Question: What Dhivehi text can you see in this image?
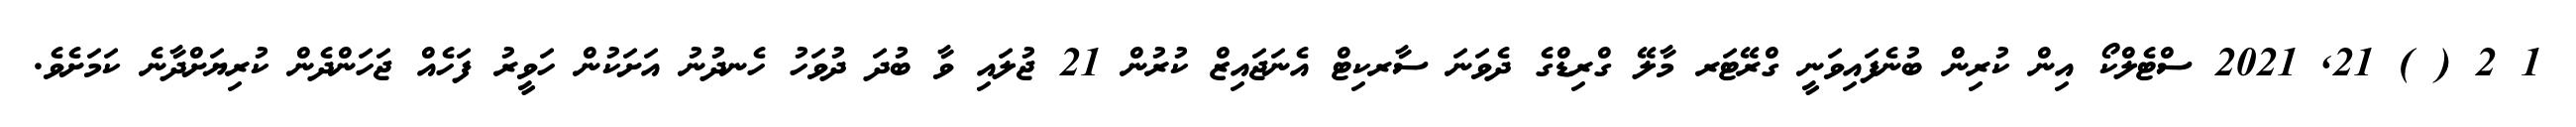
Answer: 1 2 ( ) 21, 2021 ސްޓެލްކޯ އިން ކުރިން ބުނެފައިވަނީ ގްރޭޓަރ މާލޭ ގްރިޑްގެ ދެވަނަ ސާރކިޓް އެނަޖައިޒް ކުރުން 21 ޖުލައި ވާ ބުދަ ދުވަހު ހެނދުނު އަށަކުން ހަވީރު ފަހެއް ޖަހަންދެން ކުރިޔަށްދާނެ ކަމަށެވެ.